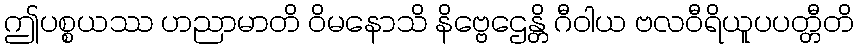
ဤပစ္စယဿ ဟညာမာတိ ဝိမနောသိ နိဗ္ဗေဌေန္တိ ဂီဝါယ ဗလဝီရိယူပပတ္တီတိ